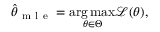
\boldsymbol { \hat { \theta } } _ { \mathrm { ~ m ~ l ~ e ~ } } = \underset { \boldsymbol { \theta } \in \Theta } { \arg \operatorname* { m a x } } \mathcal { L } ( \boldsymbol { \theta } ) ,